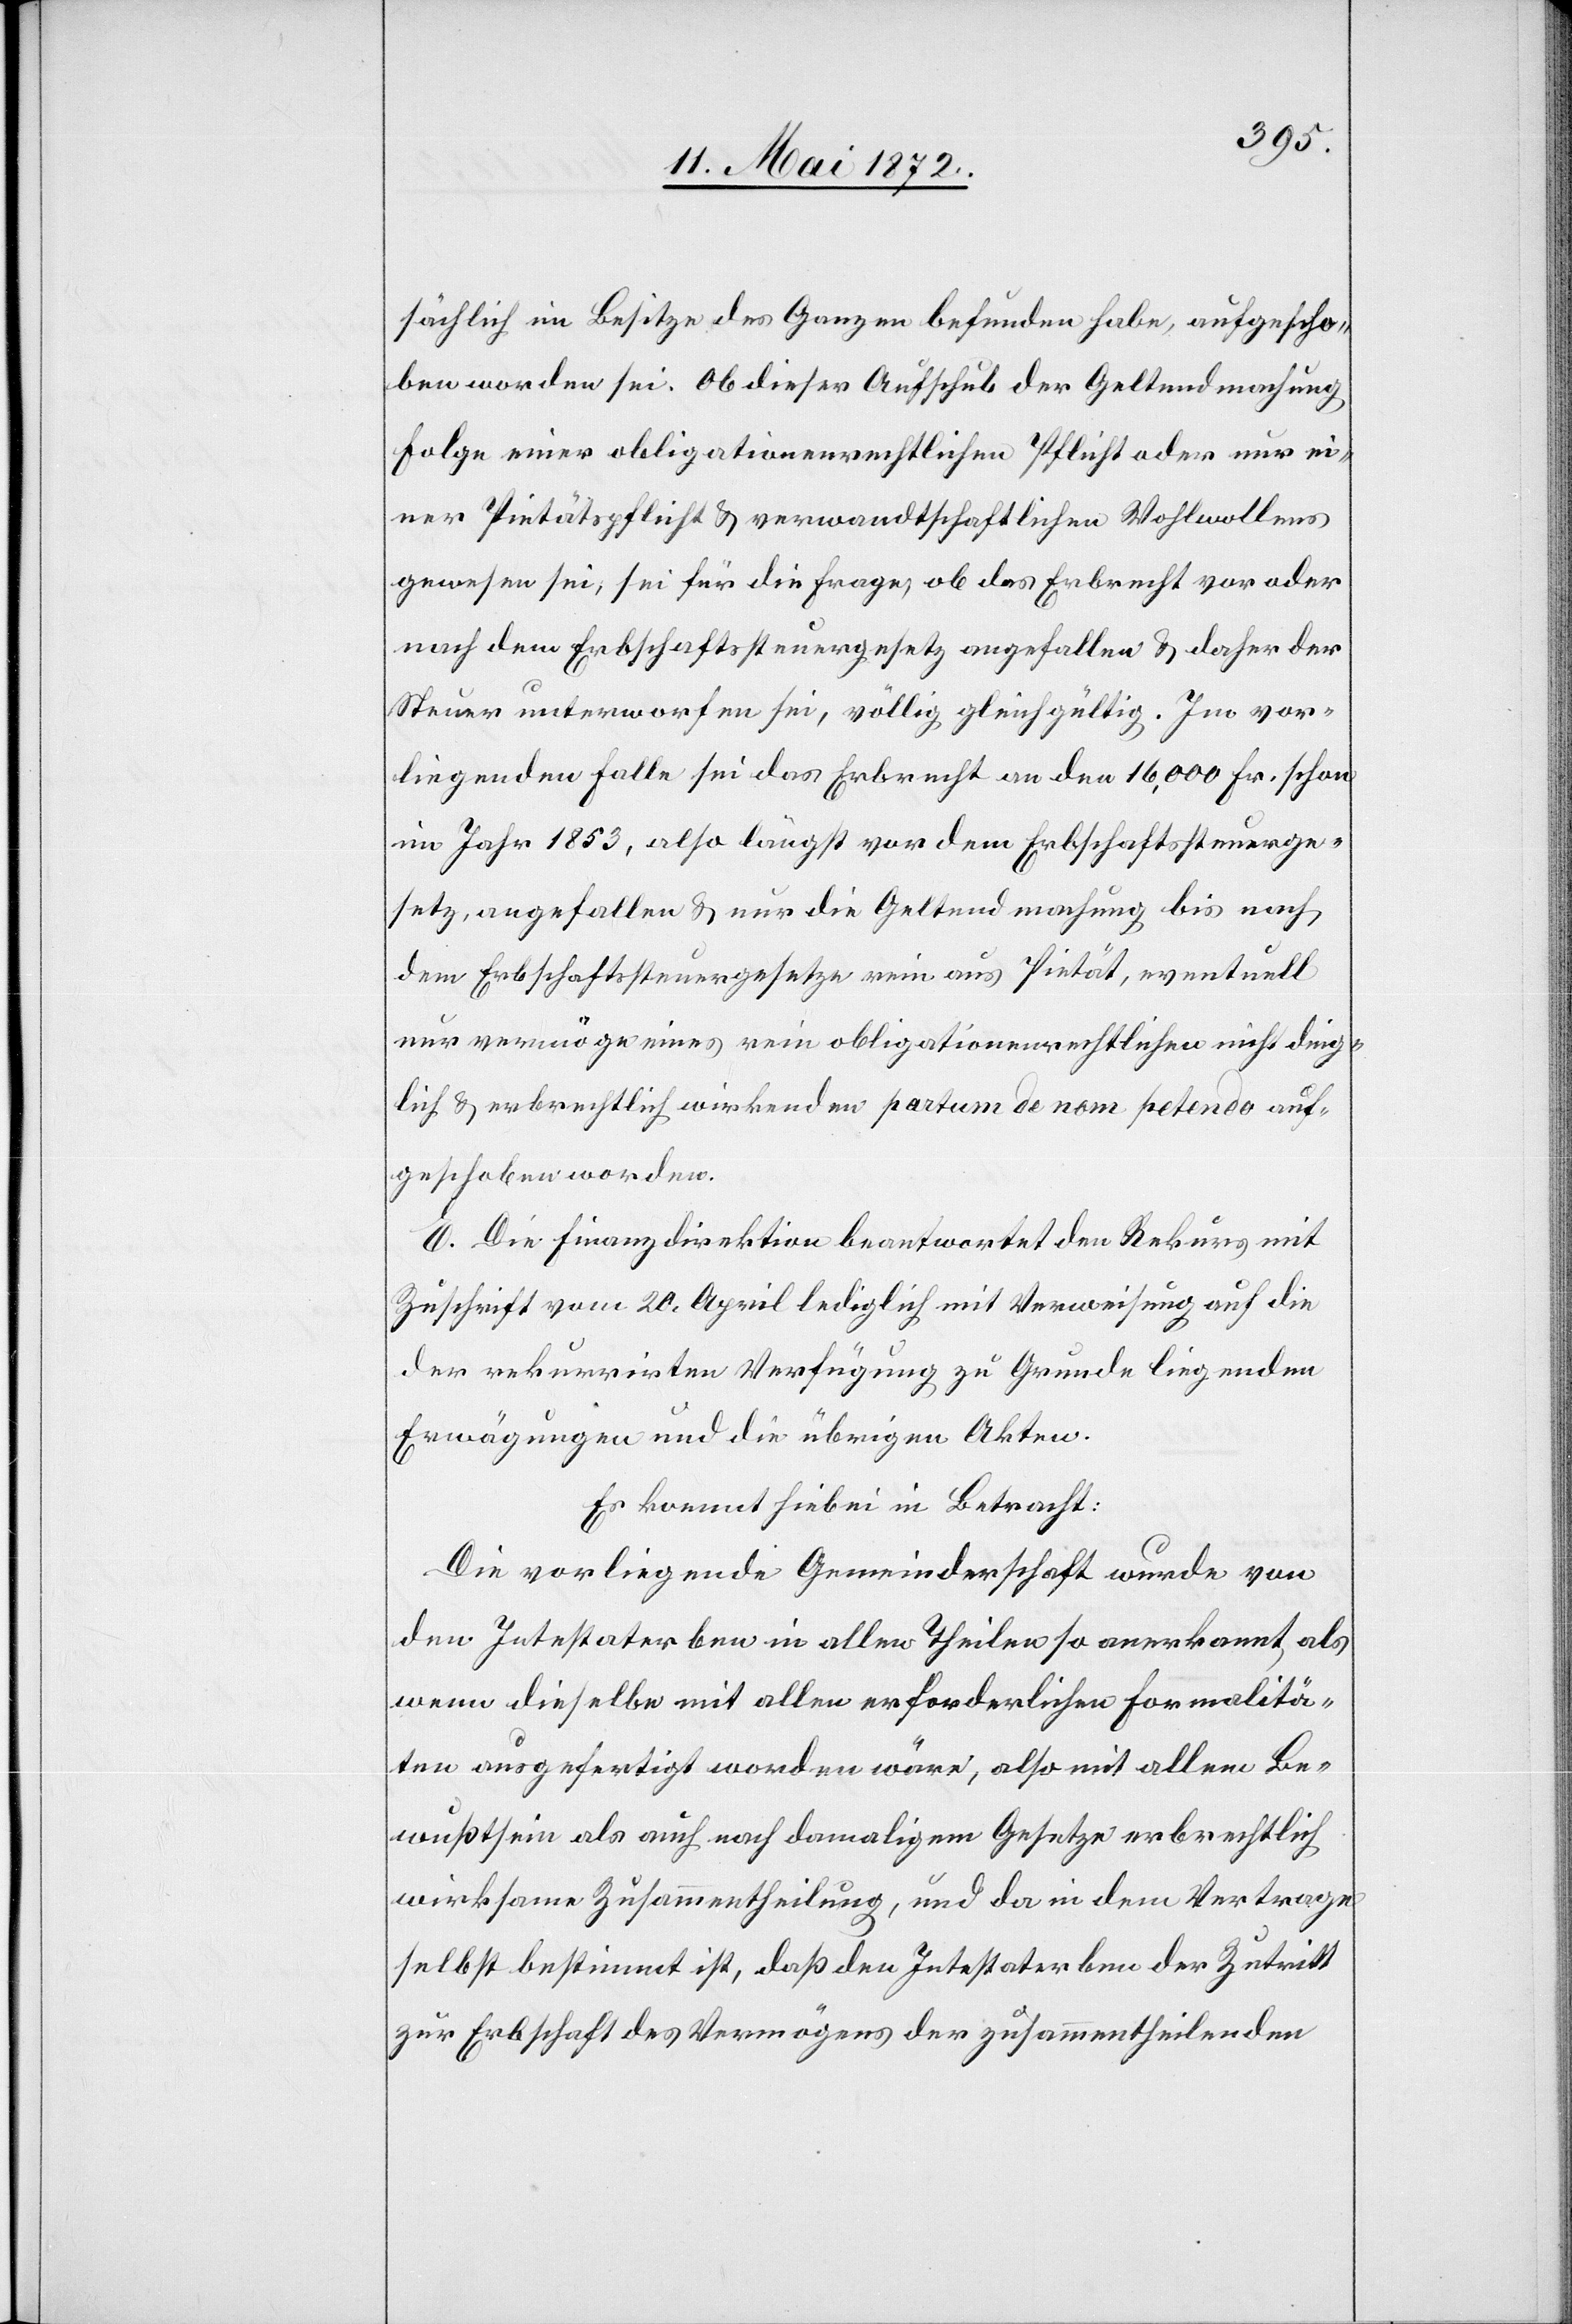
sächlich im Besitze des Ganzen befunden habe, aufgescho¬
ben worden sei. Ob dieser Aufschub der Geltendmachung
Folge einer obligationenrechtlichen Pflicht oder nur ei¬
ner Pietätspflicht u. verwandtschaftlichen Wohlwollens
gewesen sei, sei für die Frage, ob das Erbrecht vor oder
nach dem Erbschaftssteuergesetz angefallen u. daher der
Steuer unterworfen sei, völlig gleichgültig. Im vor¬
liegenden Falle sei das Erbrecht an den 16,000 Fr. schon
im Jahr 1853, also längst vor dem Erbschaftssteuerge¬
setz, angefallen u. nur die Geltendmachung bis nach
dem Erbschaftssteuergesetze rein aus Pietät, eventuell
nur vermöge eines rein obligationenrechtlichen nicht ding¬
lich u. erbrechtlich wirkenden partum de nom [sic!] petendo auf¬
geschoben worden.
E. Die Finanzdirektion beantwortet den Rekurs mit
Zuschrift vom 20. April lediglich mit Verweisung auf die
der rekurrirten Verfügung zu Grunde liegenden
Erwägungen und die übrigen Akten.
Es kommt hiebei in Betracht:
Die vorliegende Gemeinderschaft wurde von
den Intestaterben in allen Theilen so anerkannt, als
wenn dieselbe mit allen erforderlichen Formalitä¬
ten ausgefertigt worden wäre, also mit allem Be¬
wußtsein als auch nach damaligem Gesetze erbrechtlich
wirksame Zusammentheilung, und da in dem Vertrage
selbst bestimmt ist, daß den Intestaterben der Zutritt
zur Erbschaft des Vermögens der zusammentheilenden